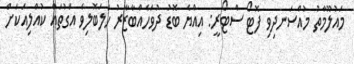
މައުލޫމާތު މުއްސަނދިވި ފޮޓޯ ސްޓޯރީ: އިއްޔެ ބޮޑު ދުވަހެއްބާޒާރު ހަލަބޮލިވެ އަގުތައް ކުއްލިއަކަށް